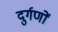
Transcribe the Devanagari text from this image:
दुर्गणों